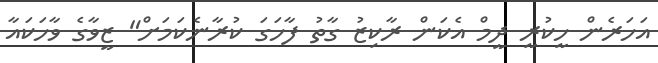
އަހަރެން ހީކުރީ ދީމް އެކަން ރާކިޒު ގާތު ފާހަގަ ކުރާނެކަމަށް" ޒީވާގެ ވާހަކައާ